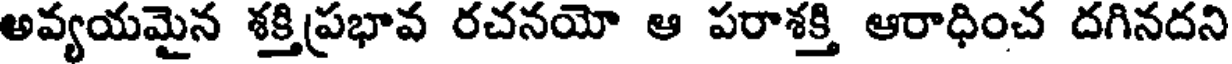
అవ్యయమైన శక్తిప్రభావ రచనయో ఆ పరాశక్తి ఆరాధించ దగినదని